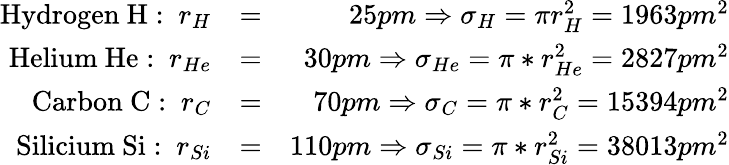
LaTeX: \begin{array}{rlr}{\mathrm{Hydrogen~H:~}r_{H}}&{=}&{25pm\Rightarrow\sigma_{H}=\pi r_{H}^{2}=1963pm^{2}}\\ {\mathrm{Helium~He:~}r_{He}}&{=}&{30pm\Rightarrow\sigma_{He}=\pi*r_{He}^{2}=2827pm^{2}}\\ {\mathrm{Carbon~C:~}r_{C}}&{=}&{70pm\Rightarrow\sigma_{C}=\pi*r_{C}^{2}=15394pm^{2}}\\ {\mathrm{~Silicium~Si:~}r_{Si}}&{=}&{110pm\Rightarrow\sigma_{Si}=\pi*r_{Si}^{2}=38013pm^{2}}\end{array}